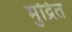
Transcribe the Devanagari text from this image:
मुद्रित